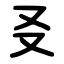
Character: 㕛